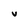
Character: V